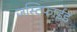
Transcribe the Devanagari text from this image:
जस्टिफाईड